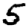
Digit: 5